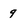
Character: 9